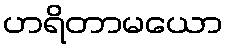
ဟရိတာမယော